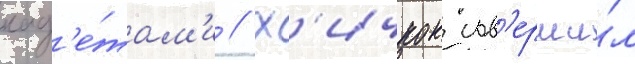
кад'е́там'и // Х'ичкок сов'ерши́л